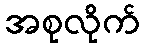
အစုလိုက်